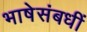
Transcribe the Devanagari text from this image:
भाषेसंबधीं